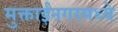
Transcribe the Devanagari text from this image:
मुक्ताईनगरमध्ये